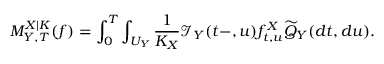
M _ { Y , T } ^ { X | K } ( f ) = \int _ { 0 } ^ { T } \int _ { U _ { Y } } \frac { 1 } { K _ { X } } \mathcal { I } _ { Y } ( t - , u ) f _ { t , u } ^ { X } \widetilde { Q } _ { Y } ( d t , d u ) .